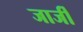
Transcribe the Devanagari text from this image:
जार्जी